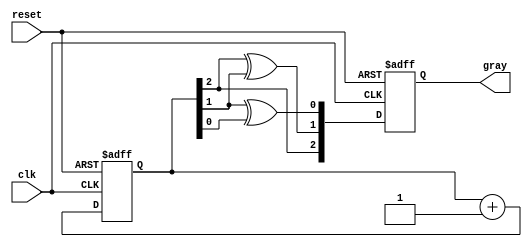
module gray_code_counter (
    input wire clk,         // Clock input
    input wire reset,       // Asynchronous reset
    output reg [2:0] gray   // 3-bit Gray code output
);

    // Internal signal to hold binary representation of the counter
    reg [2:0] binary;

    // Asynchronous Reset Logic
    always @(posedge clk or posedge reset) begin
        if (reset) begin
            binary <= 3'b000; // Reset binary counter
            gray <= 3'b000;   // Reset Gray code output
        end else begin
            // Increment binary counter
            binary <= binary + 1;
            // Update Gray code output
            gray <= {binary[2], binary[2] ^ binary[1], binary[1] ^ binary[0]};
        end
    end

endmodule